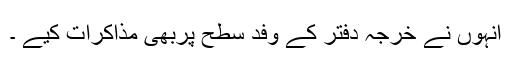
انہوں نے خرجہ دفتر کے وفد سطح پربھی مذاکرات کیے ۔